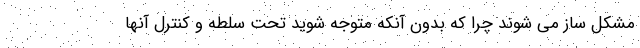
مشکل ساز می شوند چرا که بدون آنکه متوجه شوید تحت سلطه و کنترل آنها